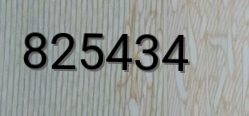
825434